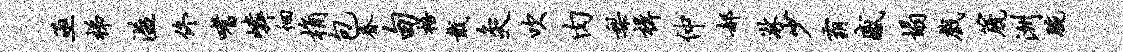
亟梯溢佟嗜嶙徊桷包眷甸梧戴灸吹肉梨楫仲郝淋少霸感塌戏篪洲腕